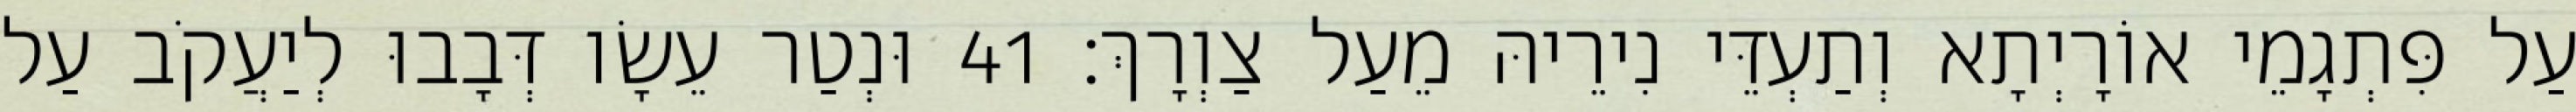
עַל פִּתְגָמֵי אוֹרָיְתָא וְתַעְדֵּי נִירֵיהּ מֵעַל צַוְרָךְ׃ 41 וּנְטַר עֵשָׂו דְּבָבוּ לְיַעֲקֹב עַל